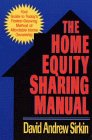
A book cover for The Home Equity Sharing Manual; David Andrew Sirkin; Business & Money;